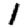
Digit: 1